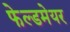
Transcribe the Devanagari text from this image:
फेल्डमेयर